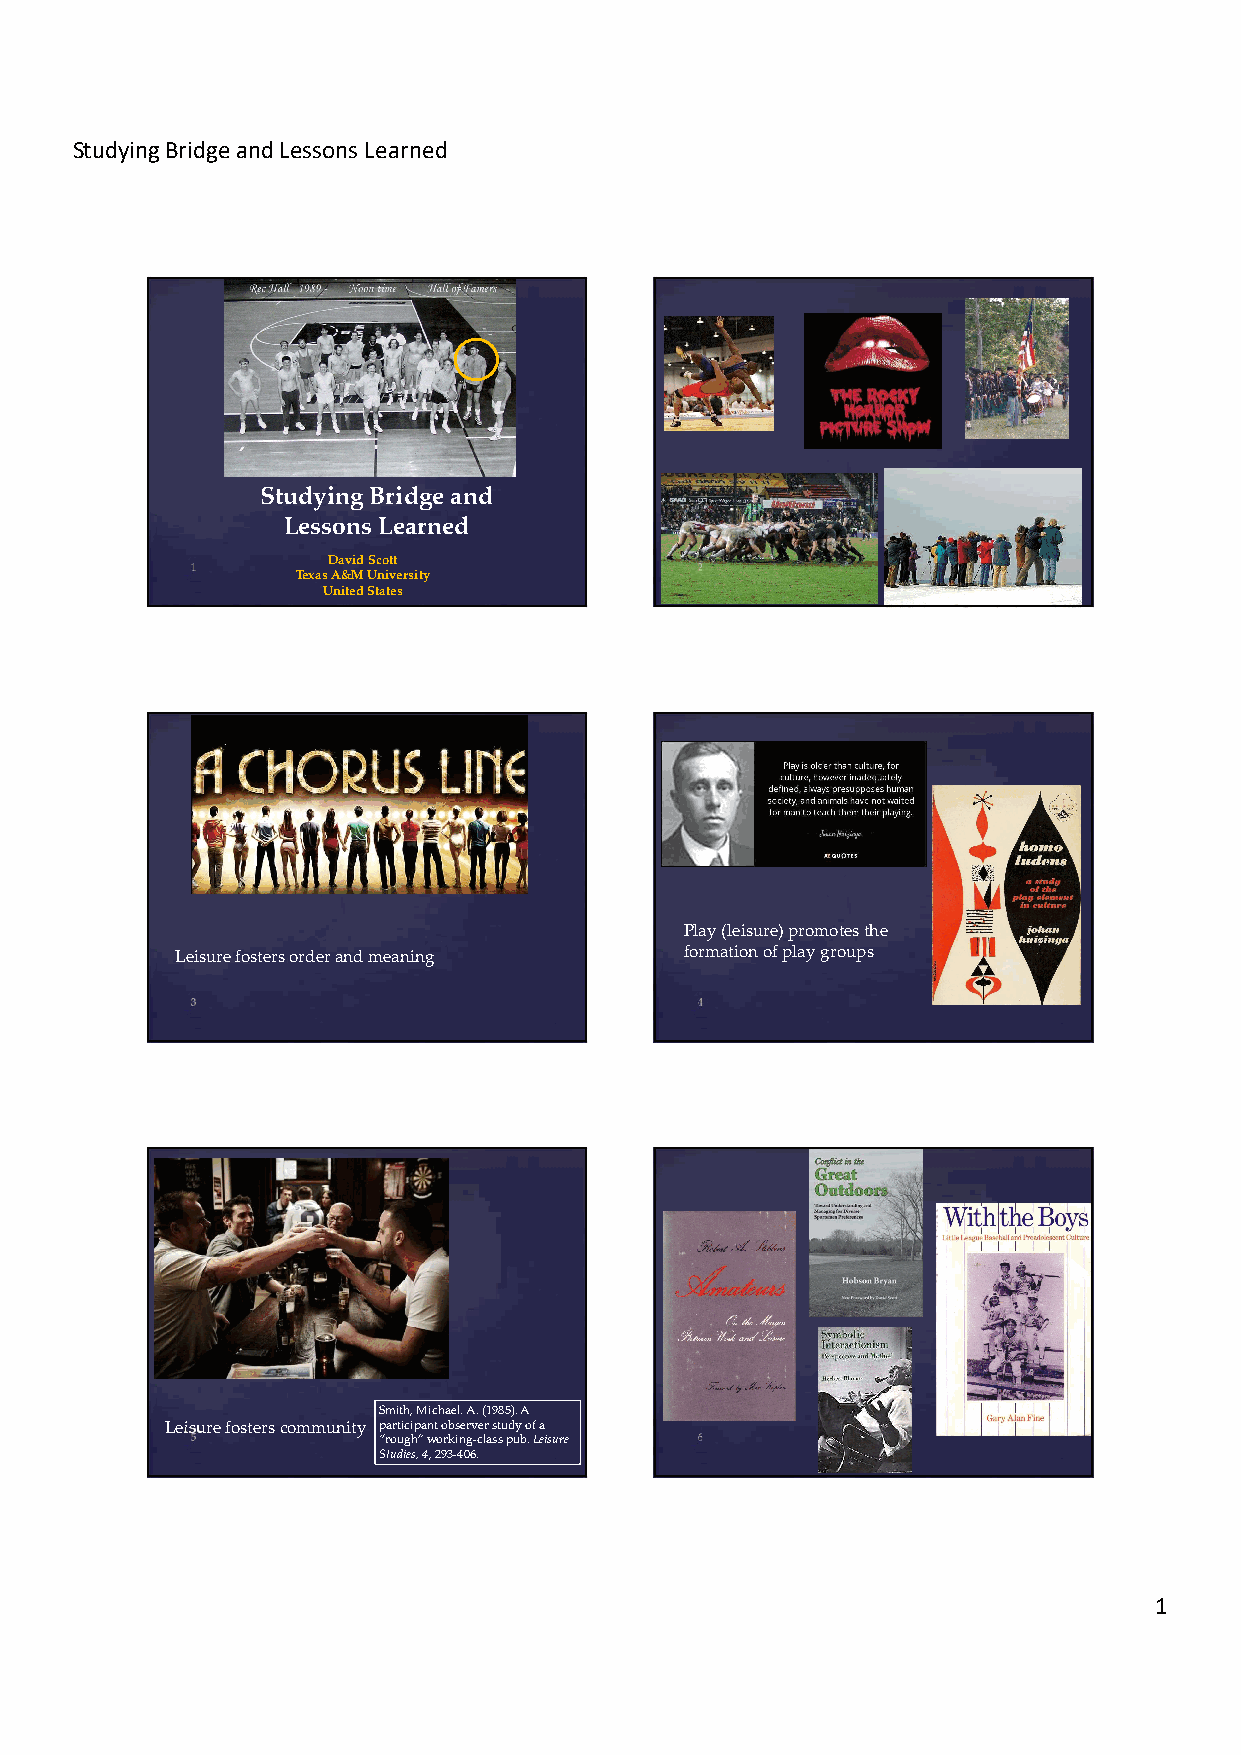
Studying Bridge and Lessons Learned
 Studying Bridge and
 Lessons Learned
 David Scott
 Texas A&M University
 United States
 Play (leisure) promotes the
 Leisure fosters order and meaning formation of play groups
 Smith, Michael. A. (1985). A
 Leisure fosters community participant observer study of a
 “rough” working-class pub. Leisure
 Studies, 4, 293-406.
 1